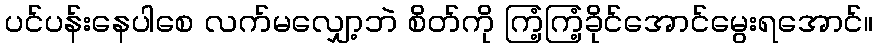
ပင်ပန်းနေပါစေ လက်မလျှော့ဘဲ စိတ်ကို ကြံ့ကြံ့ခိုင်အောင်မွေးရအောင်။